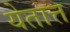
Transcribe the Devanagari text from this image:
येतात्त